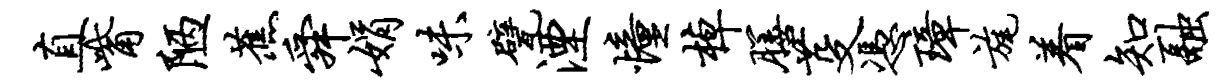
直觜陋蕉舜娟味甓湮憧棹膳芟凭璋旄着知融